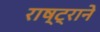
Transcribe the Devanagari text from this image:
राष्ट्रानेे